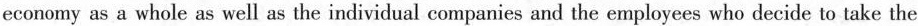
economy as a whole as well as the individual companies and the employees who decide to take the